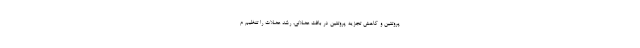
پروتئین و کاهش تجزیه پروتئین در بافت عضلانی، رشد عضلات را تنظیم م